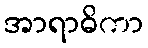
အာရာဓိကာ